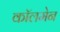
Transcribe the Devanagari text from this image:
कॉलमेन